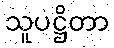
သူပဋ္ဌိတာ